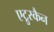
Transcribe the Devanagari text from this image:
एट्रुस्कैन